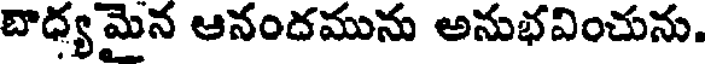
బాధ్య మైన ఆనందమును అనుభవించును.